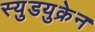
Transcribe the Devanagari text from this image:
स्युडयुक्रेन